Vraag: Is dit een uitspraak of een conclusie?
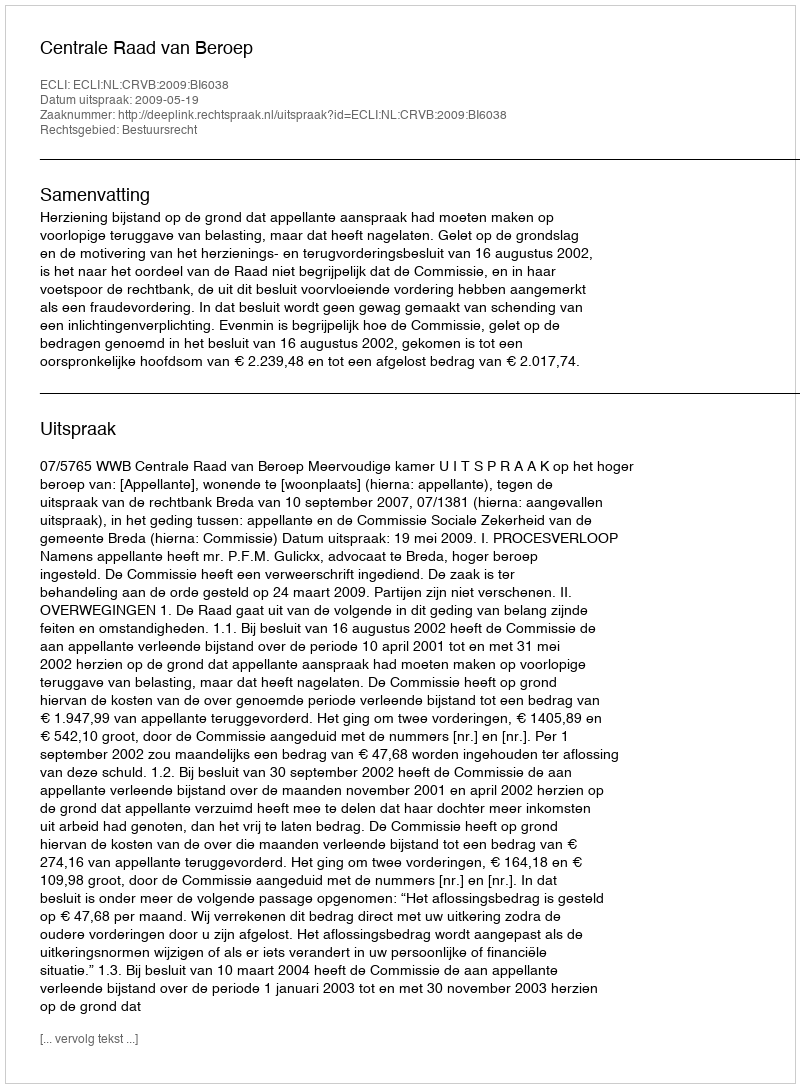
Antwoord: Uitspraak